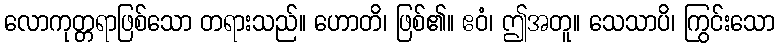
လောကုတ္တရာဖြစ်သော တရားသည်။ ဟောတိ၊ ဖြစ်၏။ ဧဝံ၊ ဤအတူ။ သေသာပိ၊ ကြွင်းသော